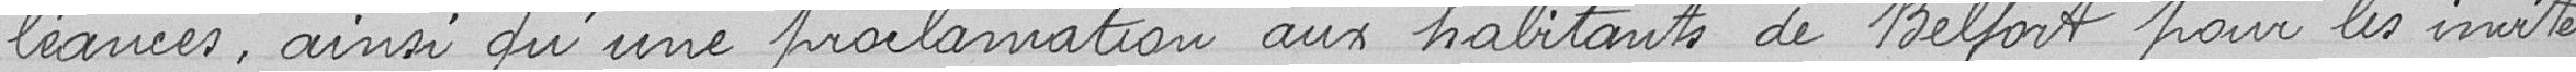
léances, ainsi qu'une proclamation aux habitants de Belfort pour les inviter